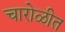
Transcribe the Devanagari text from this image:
चारोळीत